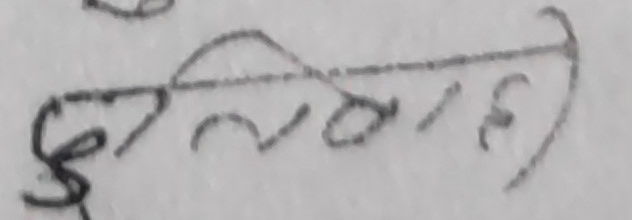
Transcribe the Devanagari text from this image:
हुनचाहयो